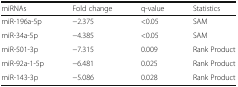
| miRNAs | Fold change | q-value | Statistics |
 | --- | --- | --- | --- |
 | miR-196a-5p | −2.375 | <0.05 | SAM |
 | miR-34a-5p | −4.385 | <0.05 | SAM |
 | miR-501-3p | −7.315 | 0.009 | Rank Product |
 | miR-92a-1-5p | −6.481 | 0.025 | Rank Product |
 | miR-143-3p | −5.086 | 0.028 | Rank Product |